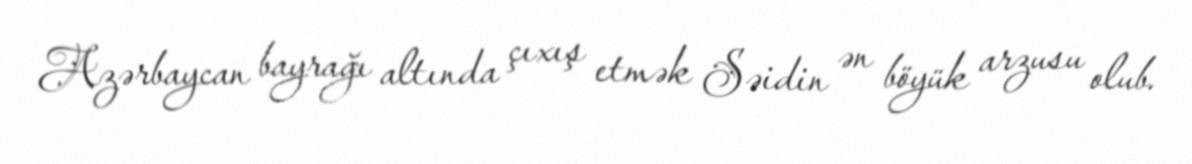
Azərbaycan bayrağı altında çıxış etmək Səidin ən böyük arzusu olub.